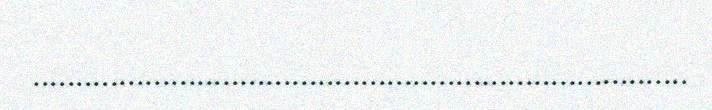
............................................................................